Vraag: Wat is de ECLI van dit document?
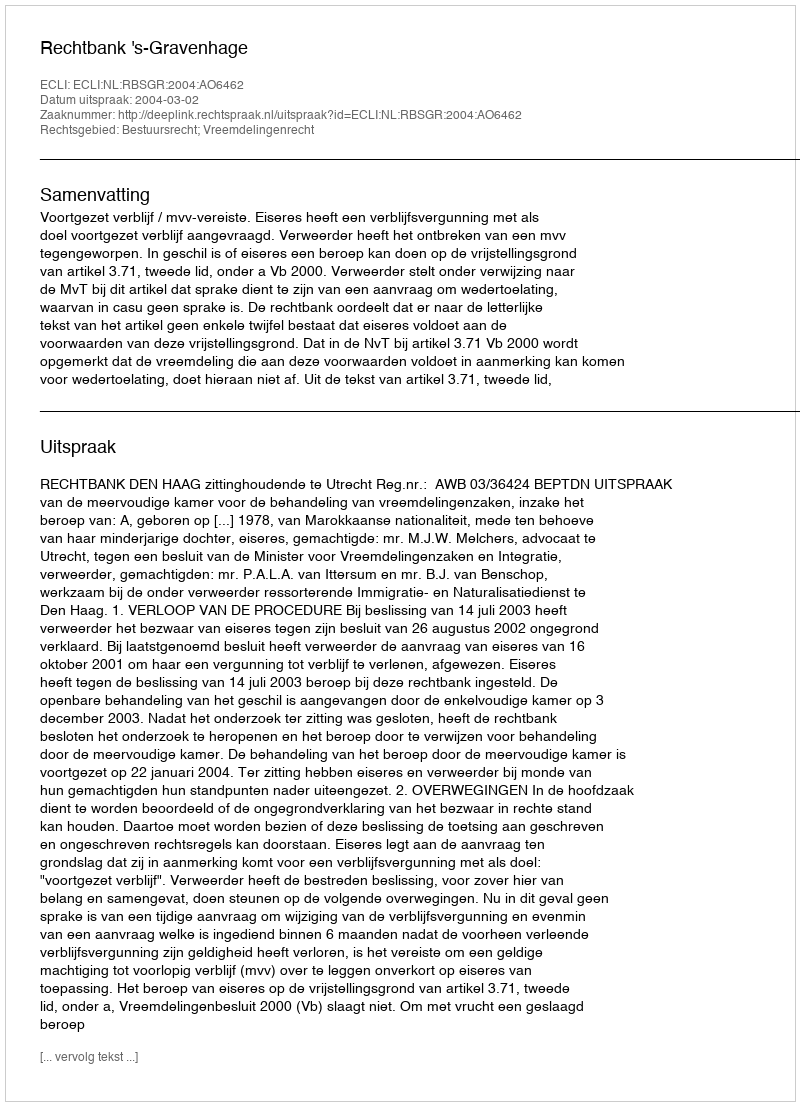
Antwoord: ECLI:NL:RBSGR:2004:AO6462